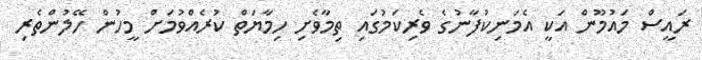
ރައީސް މައުމޫން އަކީ އެމަނިކުފާނުގެ ވެރިކަމުގައި ތިމާވެށި ހިމާޔަތް ކުރެއްވުމަށް މީހުން ހޭލުންތެރި